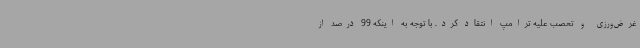
غرض‌ورزی و تعصب علیه ترامپ انتقاد کرد. با توجه به اینکه 99 درصد از